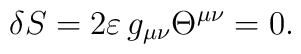
\delta S=2\varepsilon\,g_{\mu\nu}\Theta^{\mu\nu}=0.